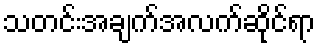
သတင်းအချက်အလက်ဆိုင်ရာ